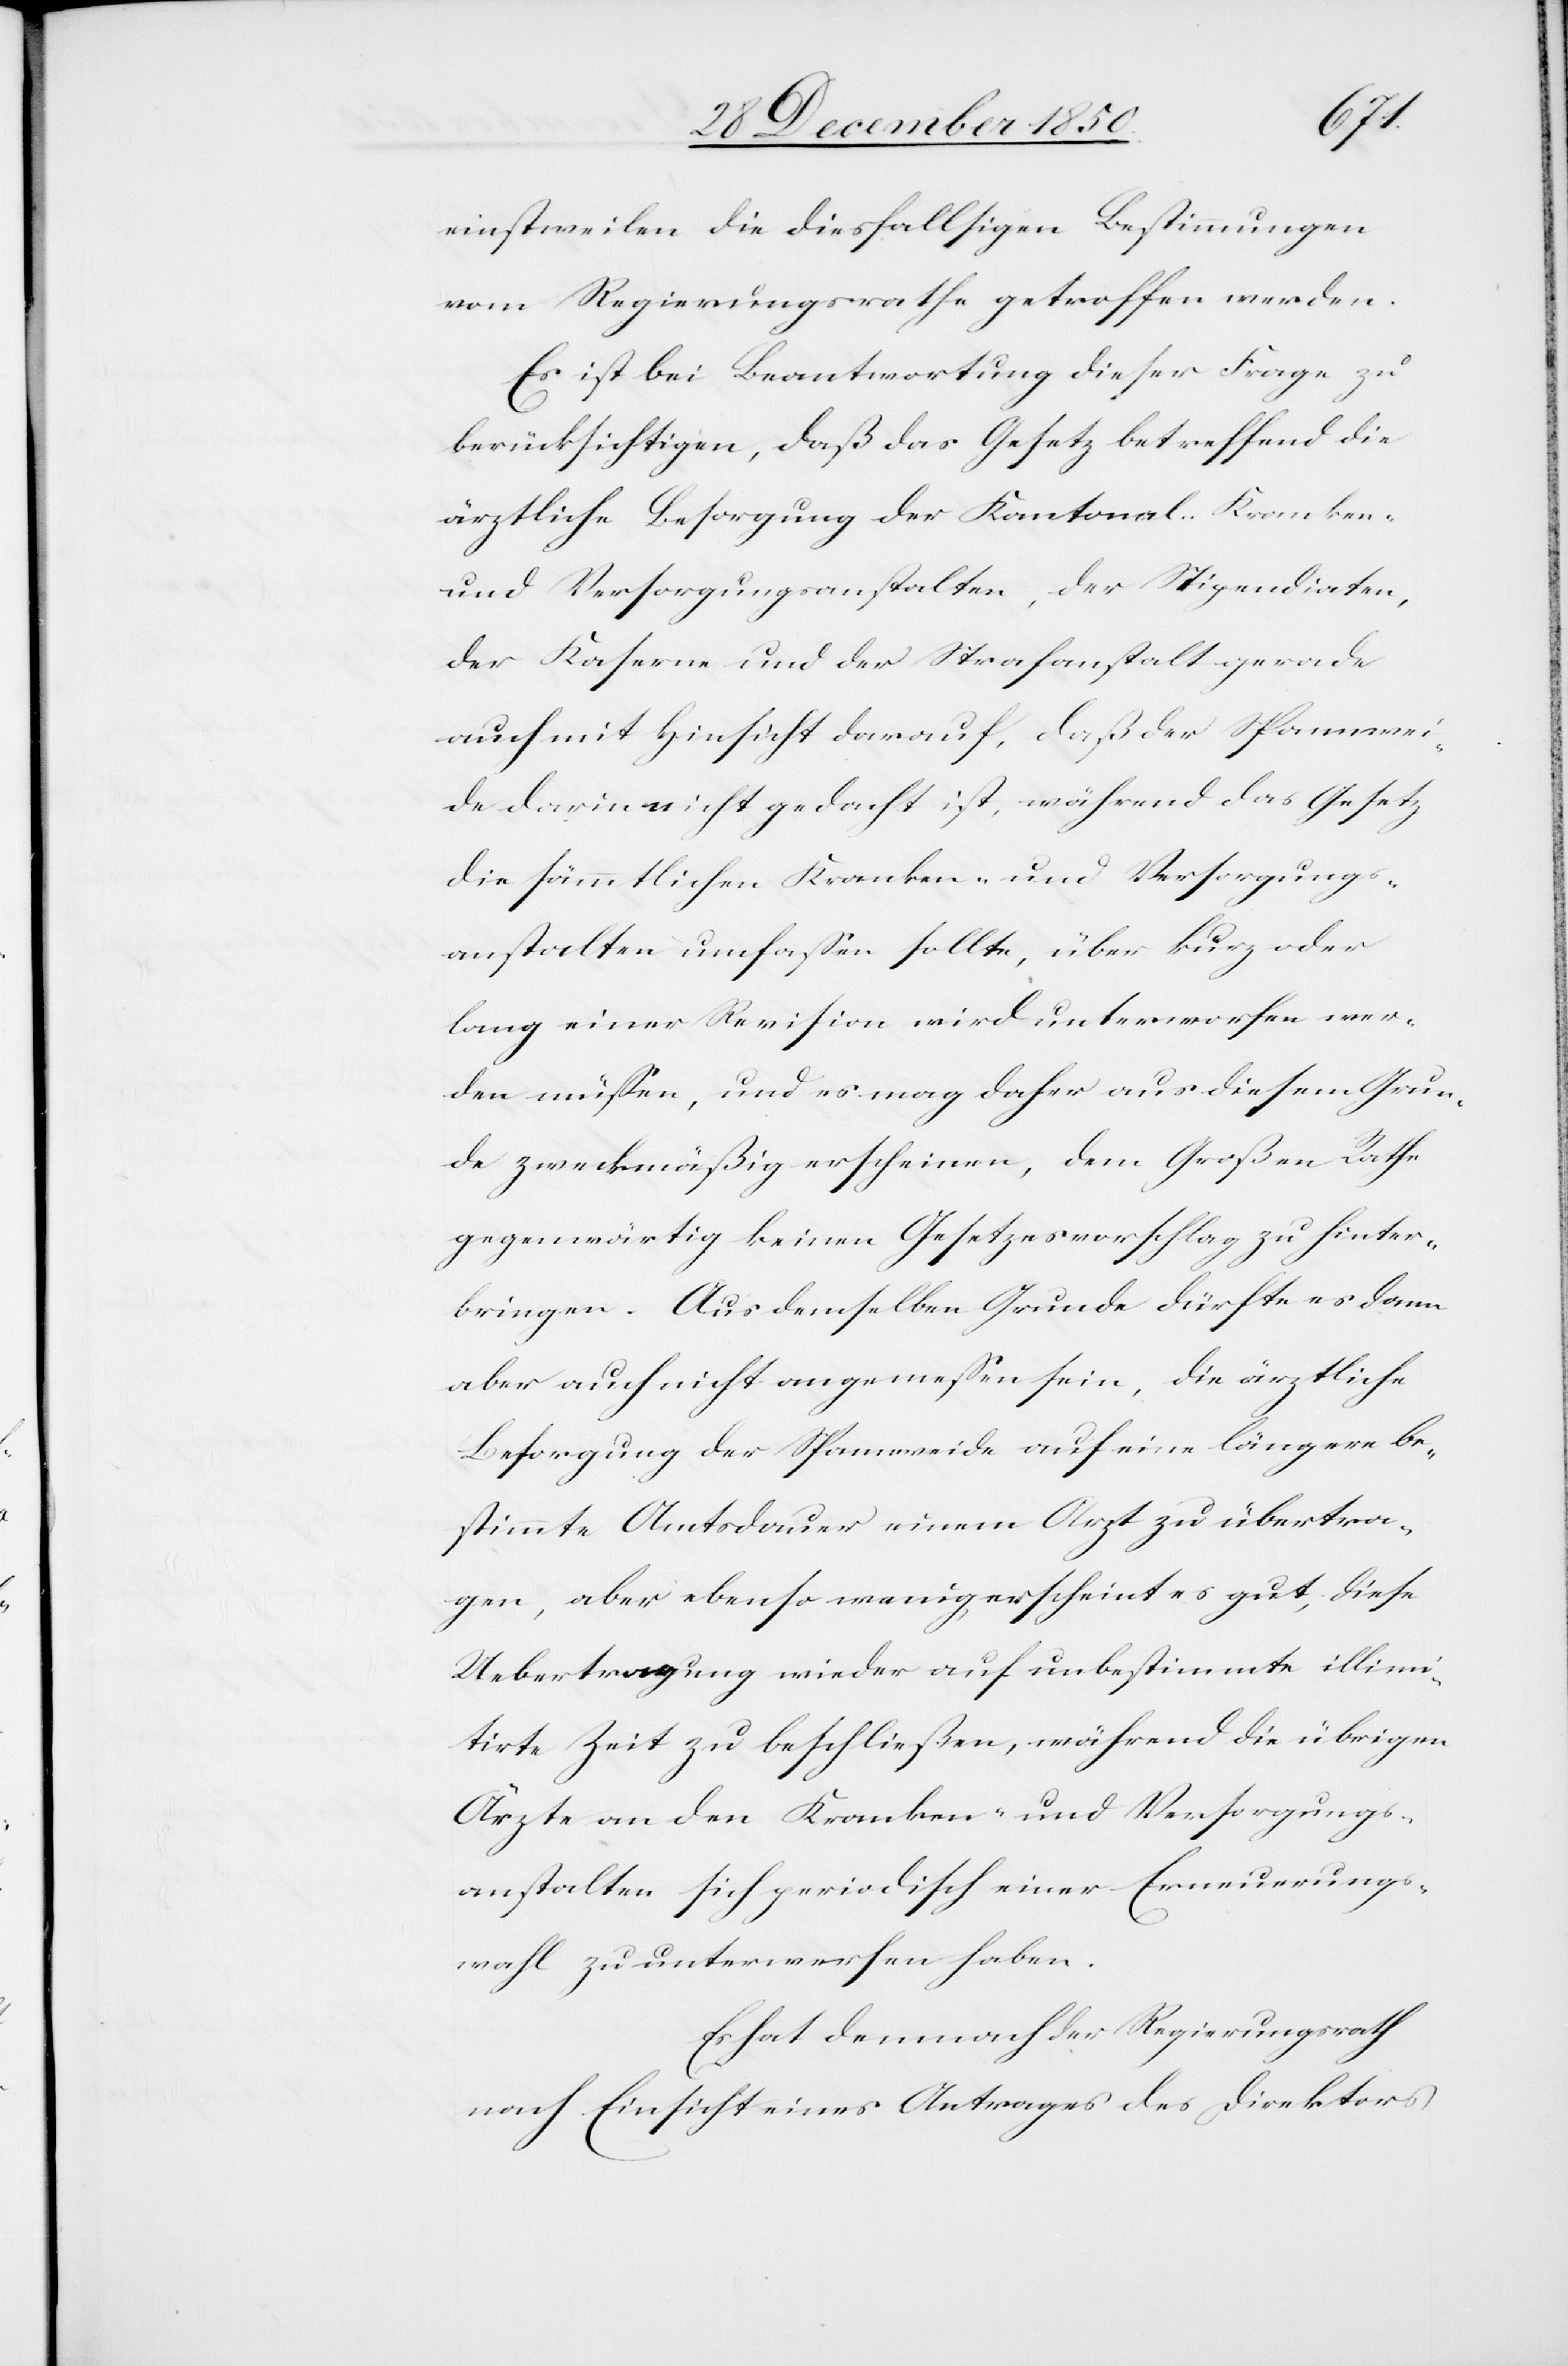
einstweilen die diesfallsigen Bestimmungen
vom Regierungsrathe getroffen werden.
Es ist bei Beantwortung dieser Frage zu
berücksichtigen, daß das Gesetz betreffend die
ärztliche Besorgung der Kantonal-Kranken-
und Versorgungsanstalten, der Stipendiaten,
der Kaserne und der Strafanstalt gerade
auch mit Hinsicht darauf, daß der Spannwei¬
de darin nicht gedacht ist, während das Gesetz
die sämmtlichen Kranken- und Versorgungs¬
anstalten umfassen sollte, über kurz oder
lang einer Revision wird unterworfen wer¬
den müssen, und es mag daher aus diesem Grun¬
de zweckmäßig erscheinen, dem Großen Rathe
gegenwärtig keinen Gesetzesvorschlag zu hinter¬
bringen. Aus demselben Grunde dürfte es dann
aber auch nicht angemessen sein, die ärztliche
Besorgung der Spannweide auf eine längere be¬
stimmte Amtsdauer einem Arzt zu übertra¬
gen, aber ebenso wenig erscheint es gut, diese
Uebertragung wieder auf unbestimmte illimi¬
tirte Zeit zu beschließen, während die übrigen
Ärzte an den Kranken- und Versorgungs¬
anstalten sich periodisch einer Erneuerungs¬
wahl zu unterwerfen haben.
Es hat demnach der Regierungsrath
nach Einsicht eines Antrages des Direktors